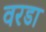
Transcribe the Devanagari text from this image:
वरडा